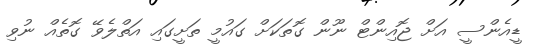
ޑީއެންސީ އަށް ޖޮއިންޓް ނޫން ގޮތަކަށް ގައުމީ ތަށީގައި އަތްލެވޭ ގޮތެއް ނުވި